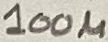
Text: 100µ